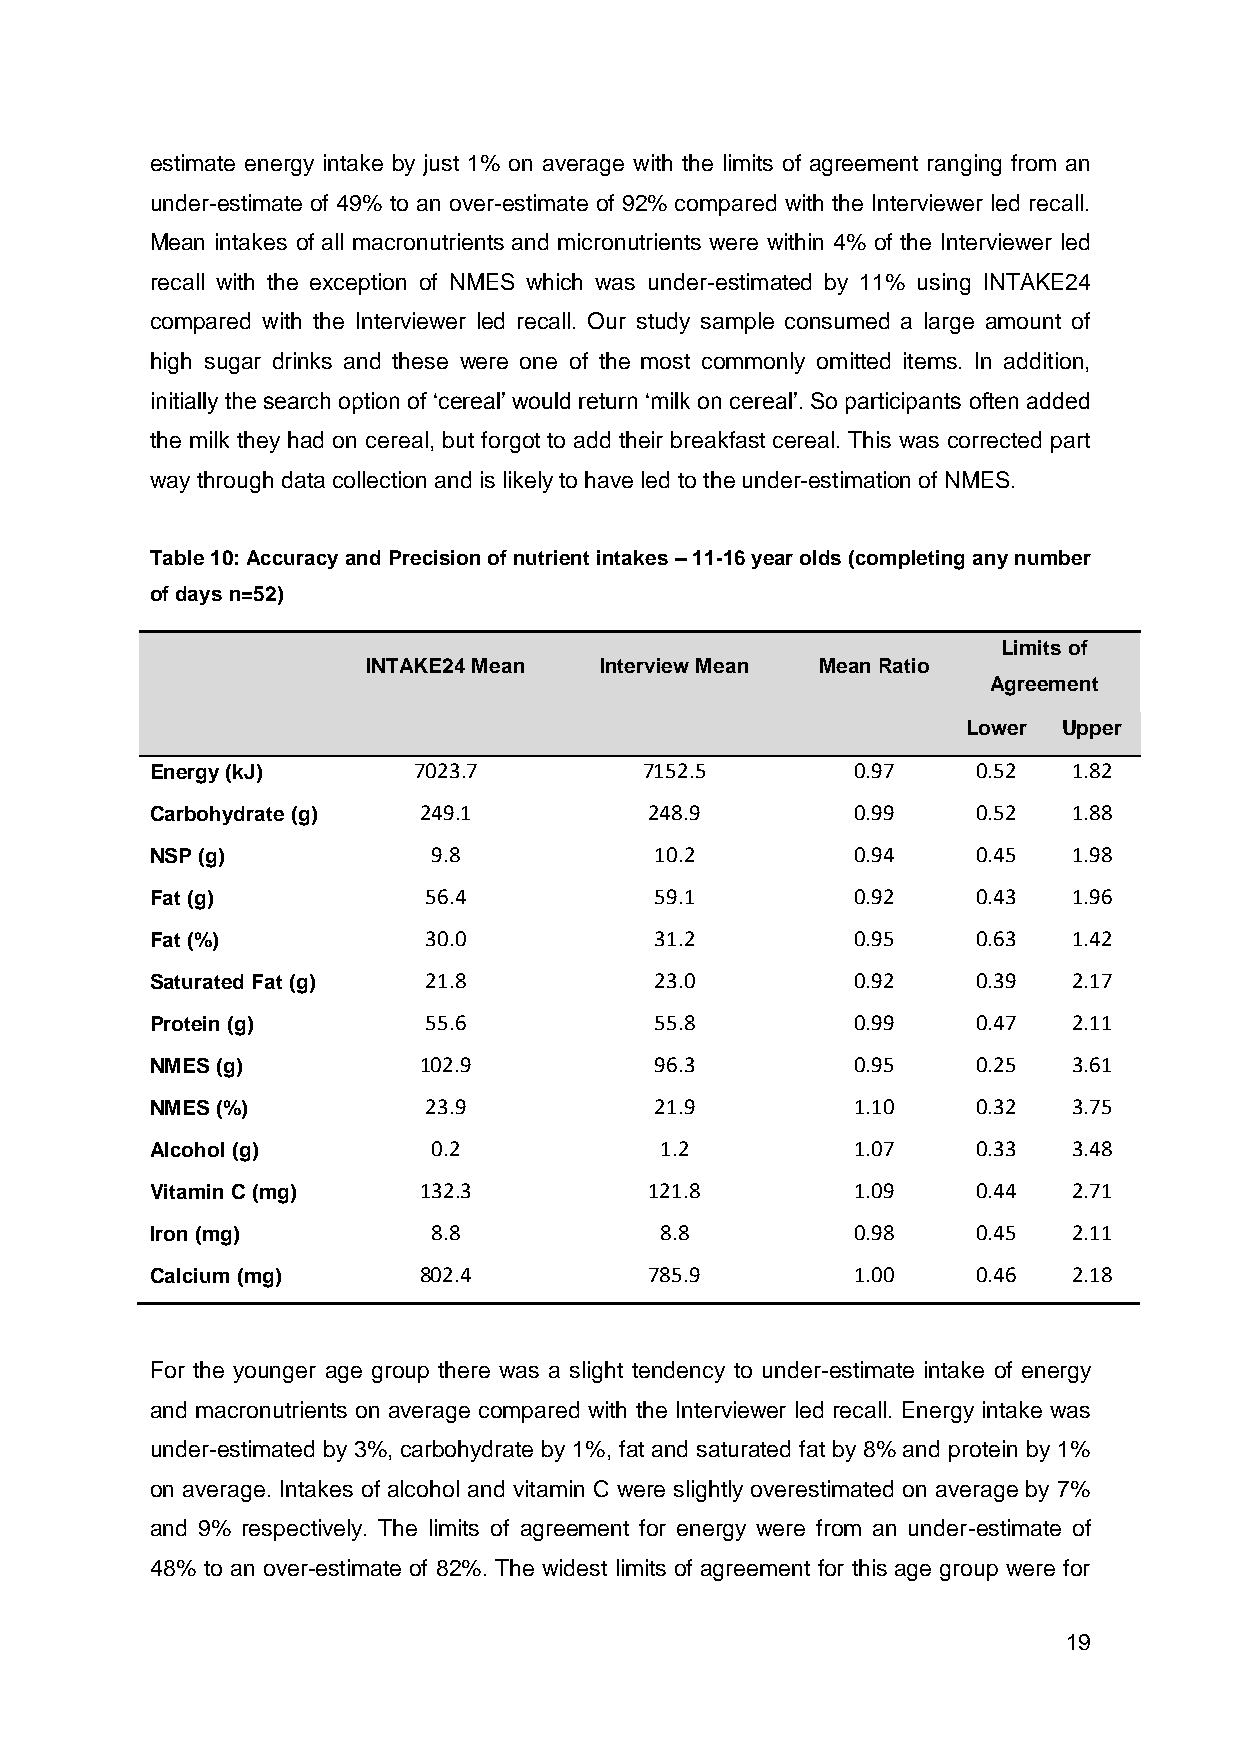
estimate energy intake by just 1% on average with the limits of agreement ranging from an
 under-estimate of 49% to an over-estimate of 92% compared with the Interviewer led recall.
 Mean intakes of all macronutrients and micronutrients were within 4% of the Interviewer led
 recall with the exception of NMES which was under-estimated by 11% using INTAKE24
 compared with the Interviewer led recall. Our study sample consumed a large amount of
 high sugar drinks and these were one of the most commonly omitted items. In addition,
 initially the search option of ‘cereal’ would return ‘milk on cereal’. So participants often added
 the milk they had on cereal, but forgot to add their breakfast cereal. This was corrected part
 way through data collection and is likely to have led to the under-estimation of NMES.
 Table 10: Accuracy and Precision of nutrient intakes – 11-16 year olds (completing any number
 of days n=52)
 Limits of
 INTAKE24 Mean   Interview Mean Mean Ratio
 Agreement
 Lower Upper
 Energy (kJ)      7023.7          7152.5        0.97    0.52  1.82
 Carbohydrate (g)  249.1          248.9         0.99    0.52  1.88
 NSP (g)            9.8           10.2          0.94    0.45  1.98
 Fat (g)           56.4           59.1          0.92    0.43  1.96
 Fat (%)           30.0           31.2          0.95    0.63  1.42
 Saturated Fat (g) 21.8           23.0          0.92    0.39  2.17
 Protein (g)       55.6           55.8          0.99    0.47  2.11
 NMES (g)          102.9          96.3          0.95    0.25  3.61
 NMES (%)          23.9           21.9          1.10    0.32  3.75
 Alcohol (g)        0.2            1.2          1.07    0.33  3.48
 Vitamin C (mg)    132.3          121.8         1.09    0.44  2.71
 Iron (mg)          8.8            8.8          0.98    0.45  2.11
 Calcium (mg)      802.4          785.9         1.00    0.46  2.18
 For the younger age group there was a slight tendency to under-estimate intake of energy
 and macronutrients on average compared with the Interviewer led recall. Energy intake was
 under-estimated by 3%, carbohydrate by 1%, fat and saturated fat by 8% and protein by 1%
 on average. Intakes of alcohol and vitamin C were slightly overestimated on average by 7%
 and 9% respectively. The limits of agreement for energy were from an under-estimate of
 48% to an over-estimate of 82%. The widest limits of agreement for this age group were for
 19